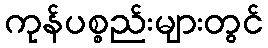
ကုန်ပစ္စည်းများတွင်